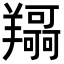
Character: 𦏤